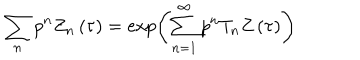
\sum _ { n } p ^ { n } Z _ { n } \left( \tau \right) = \exp \left( \sum _ { n = 1 } ^ { \infty } p ^ { n } T _ { n } Z \left( \tau \right) \right)